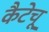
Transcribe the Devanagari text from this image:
कैटेचू